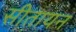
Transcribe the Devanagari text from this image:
सीतायन